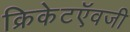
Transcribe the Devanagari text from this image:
क्रिकेटऍवजी